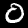
Digit: 0